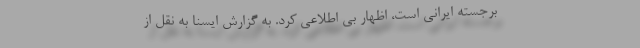
برجسته ایرانی است، اظهار بی اطلاعی کرد. به گزارش ایسنا به نقل از